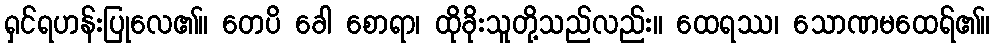
ရှင်ရဟန်းပြုလေ၏။ တေပိ ခေါ စောရာ၊ ထိုခိုးသူတို့သည်လည်း။ ထေရဿ၊ သောဏမထေရ်၏။